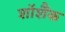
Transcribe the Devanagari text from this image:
शॉशैंक